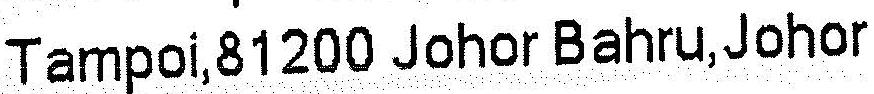
TAMPOI,81200 JOHOR BAHRU,JOHOR